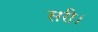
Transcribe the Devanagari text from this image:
सरी।